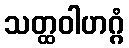
သတ္ထဝါဟဂ္ဂံ